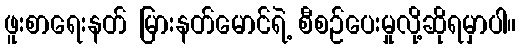
ဖူးစာရေးနတ် မြားနတ်မောင်ရဲ့ စီစဉ်ပေးမှုလို့ဆိုရမှာပါ။